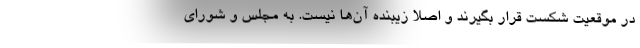
در موقعیت شکست قرار بگیرند و اصلا زیبنده آن‌ها نیست. به مجلس و شورای